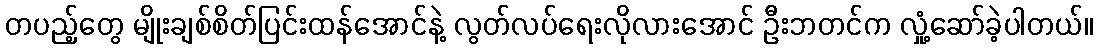
တပည့်တွေ မျိုးချစ်စိတ်ပြင်းထန်အောင်နဲ့ လွတ်လပ်ရေးလိုလားအောင် ဦးဘတင်က လှုံ့ဆော်ခဲ့ပါတယ်။